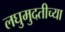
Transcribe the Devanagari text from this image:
लघुमुदतीच्‍या